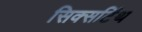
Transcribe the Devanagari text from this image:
सिक्सटिंथ